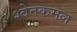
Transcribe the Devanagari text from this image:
श्वेतकमल